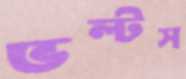
ভল্টস